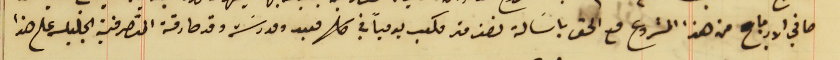
صافي الارباح من هذا المشروع مع الحق باسَالة نصف متر مكعب يومياً في كل معبد ومدرسَة وقد صادقة المتصرفية الجليله على هذا